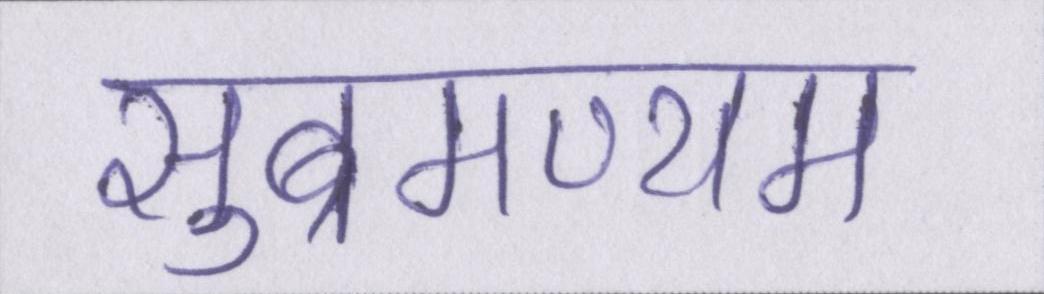
सुब्रमण्यम